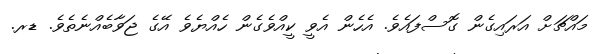
މައްޗަށް އަރައިގެން ގޮސްފައެވެ. އެހެން އެވީ ކީއްވެގެން ހެއްޔެވެ އޭގެ ޖަވާބެއްނެތެވެ. ޑރ.